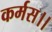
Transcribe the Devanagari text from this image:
कर्मस।।